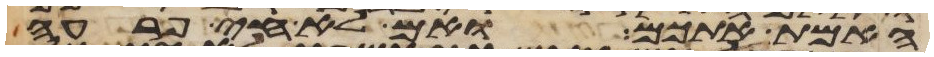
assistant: האמת אתכם ואם לא חי פרעה